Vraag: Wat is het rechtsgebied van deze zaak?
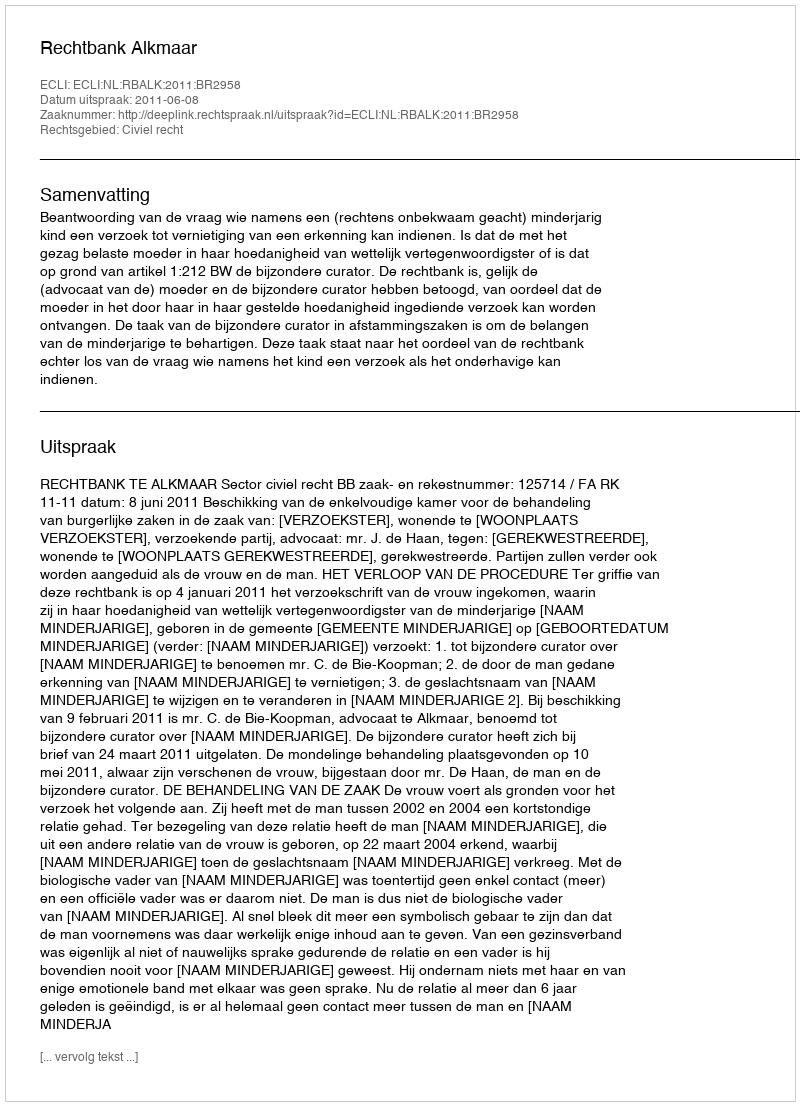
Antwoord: Civiel recht